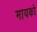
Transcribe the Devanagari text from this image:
मायको